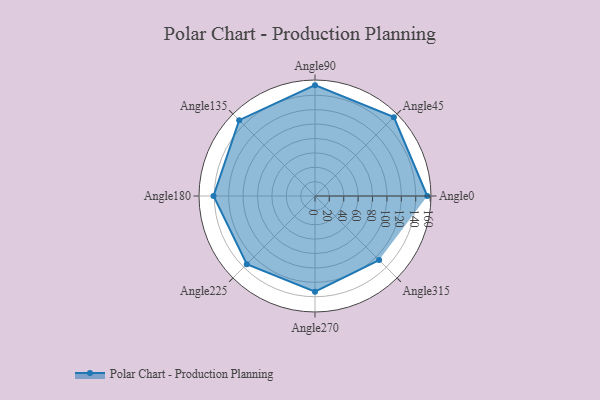
{"axis": {"x": "Angle", "y": "Radius"}, "legend": [""], "data": [{"x": "Angle0", "y": 156.0, "type": ""}, {"x": "Angle45", "y": 155.0, "type": ""}, {"x": "Angle90", "y": 154.0, "type": ""}, {"x": "Angle135", "y": 149.0, "type": ""}, {"x": "Angle180", "y": 141.0, "type": ""}, {"x": "Angle225", "y": 134.0, "type": ""}, {"x": "Angle270", "y": 133.0, "type": ""}, {"x": "Angle315", "y": 126.0, "type": ""}]}